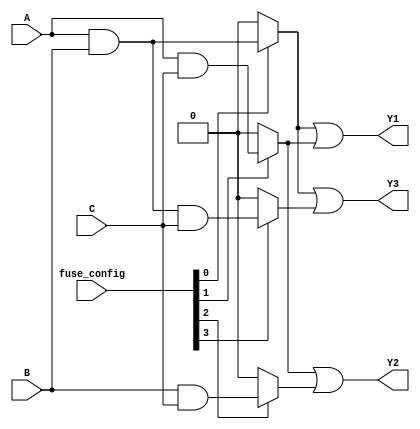
module fuse_based_PLA (
    input wire A,     // Input A
    input wire B,     // Input B
    input wire C,     // Input C
    input wire [3:0] fuse_config, // Fuse configuration for AND gates
    output wire Y1,   // Output Y1
    output wire Y2,   // Output Y2
    output wire Y3    // Output Y3
);

// Internal wires for product terms
wire P1, P2, P3, P4; // Product terms from the AND array

// Define the programmable AND gates
assign P1 = (fuse_config[0]) ? (A & B) : 0; // Fuse cuts the connection for this AND gate
assign P2 = (fuse_config[1]) ? (A & C) : 0; 
assign P3 = (fuse_config[2]) ? (B & C) : 0; 
assign P4 = (fuse_config[3]) ? (A & B & C) : 0; 

// Fixed OR array to generate outputs
assign Y1 = P1 | P2;  // First logical function
assign Y2 = P2 | P3;  // Second logical function
assign Y3 = P1 | P4;  // Third logical function

endmodule